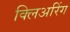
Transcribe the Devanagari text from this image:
क्लिअरिंग